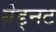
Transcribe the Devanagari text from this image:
ब्रेड्नट